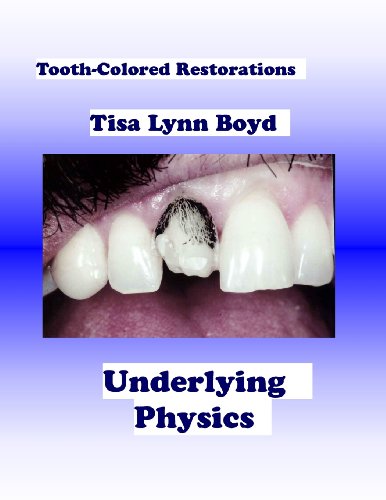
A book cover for Tooth-Colored Restorations: Underlying Physics; Tisa Lynn Boyd; Medical Books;